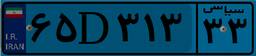
۹۹D۴۰۹۸۸